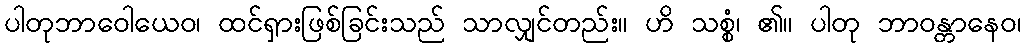
ပါတုဘာဝေါယေဝ၊ ထင်ရှားဖြစ်ခြင်းသည် သာလျှင်တည်း။ ဟိ သစ္စံ၊ ၏။ ပါတု ဘာဝန္တာနေဝ၊